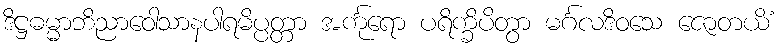
ဒိဋ္ဌဓမ္မာဘိညာဝေါသာနပါရမိပ္ပတ္တာ အင်္ကုရော ပရိက္ခိပိတွာ မင်္ဂလဒိဝသေ ဇောတယိံ